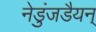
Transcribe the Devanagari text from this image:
नेडुंजडैयन्